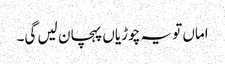
اماں تو یہ چوڑیاں پہچان لیں گی۔